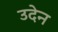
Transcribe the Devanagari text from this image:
उदेन